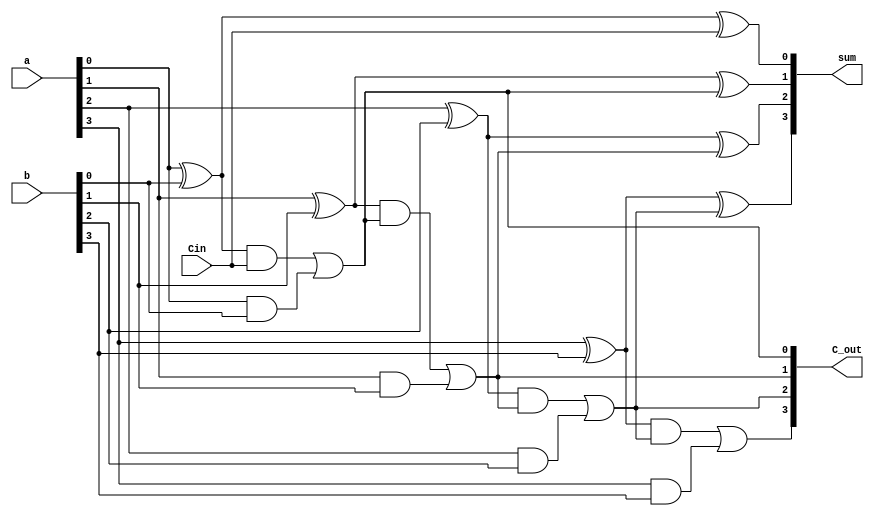
`timescale 1ns/1ps
module CLA (
    input [3:0] a,
    input [3:0] b,
    input Cin,
    output reg [3:0] sum,
    output reg [3:0] C_out);
    reg [3:0] p;
    reg [3:0] g;
    always @(*) begin
        //Propagate   pi = ai xor bi
        p[0] = a[0] ^ b[0];
        p[1] = a[1] ^ b[1];
        p[2] = a[2] ^ b[2];
        p[3] = a[3] ^ b[3];
        //Generate    gi = ai and bi
        g[0] = a[0] & b[0];
        g[1] = a[1] & b[1];
        g[2] = a[2] & b[2];
        g[3] = a[3] & b[3];
        //Carry-Out   c(i+1) = (pi and ci) + gi
        C_out[0] = (p[0] & Cin) | g[0];
        C_out[1] = (p[1] & C_out[0]) | g[1];
        C_out[2] = (p[2] & C_out[1]) | g[2];
        C_out[3] = (p[3] & C_out[2]) | g[3];
        //Sum       sum_i = pi xor ci
        sum[0] = p[0] ^ Cin;
        sum[1] = p[1] ^ C_out[0];
        sum[2] = p[2] ^ C_out[1];
        sum[3] = p[3] ^ C_out[2];
    end
endmodule